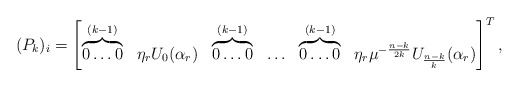
\begin{align*}(P_k)_i=\begin{bmatrix}\overbrace{0 \ldots 0}^{(k-1)} & \eta_r U_0(\alpha_r) & \overbrace{0 \ldots 0}^{(k-1)} & \ldots & \overbrace{0 \ldots 0}^{(k-1)} & \eta_r \mu^{-\frac{n-k}{2k}} U_{\frac{n-k}{k}}(\alpha_r)\end{bmatrix}^{T}, \end{align*}